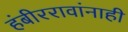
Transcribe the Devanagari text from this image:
हंबीररावांनाही